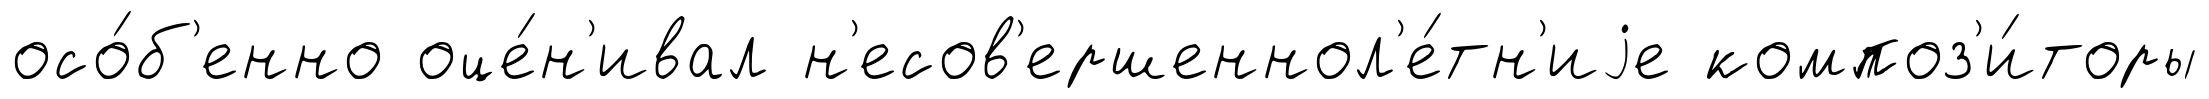
осо́б'енно оце́н'ивал н'есов'ершеннол'е́тн'иjе композ'и́торы